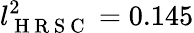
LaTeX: l_{\mathrm{~H~R~S~C~}}^{2}=0.145